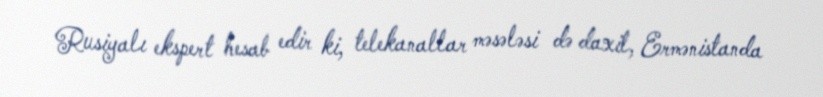
Rusiyalı ekspert hesab edir ki, telekanallar məsələsi də daxil, Ermənistanda